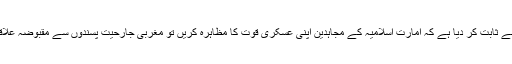
ہساند حالیہ تبدیلیوں نے ثابت کر دیا ہے کہ امارت اسلامیہ کے مجاہدین اپنی عسکری قوت کا مظاہرہ کریں تو مغربی جارحیت پسندوں سے مقبوضہ علاقے چھین سکتے ہیں۔